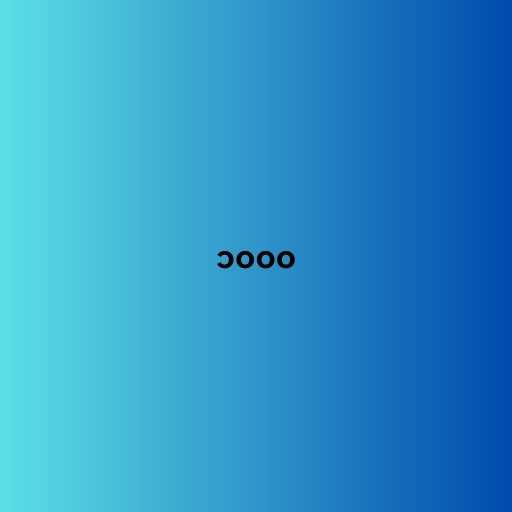
၁၀၀၀